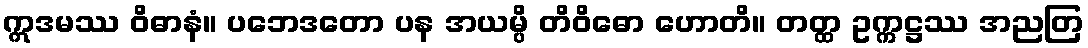
ဣဒမဿ ဝိဓာနံ။ ပဘေဒတော ပန အယမ္ပိ တိဝိဓော ဟောတိ။ တတ္ထ ဥက္ကဋ္ဌဿ အညတြ